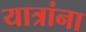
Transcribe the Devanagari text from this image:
यात्रांना